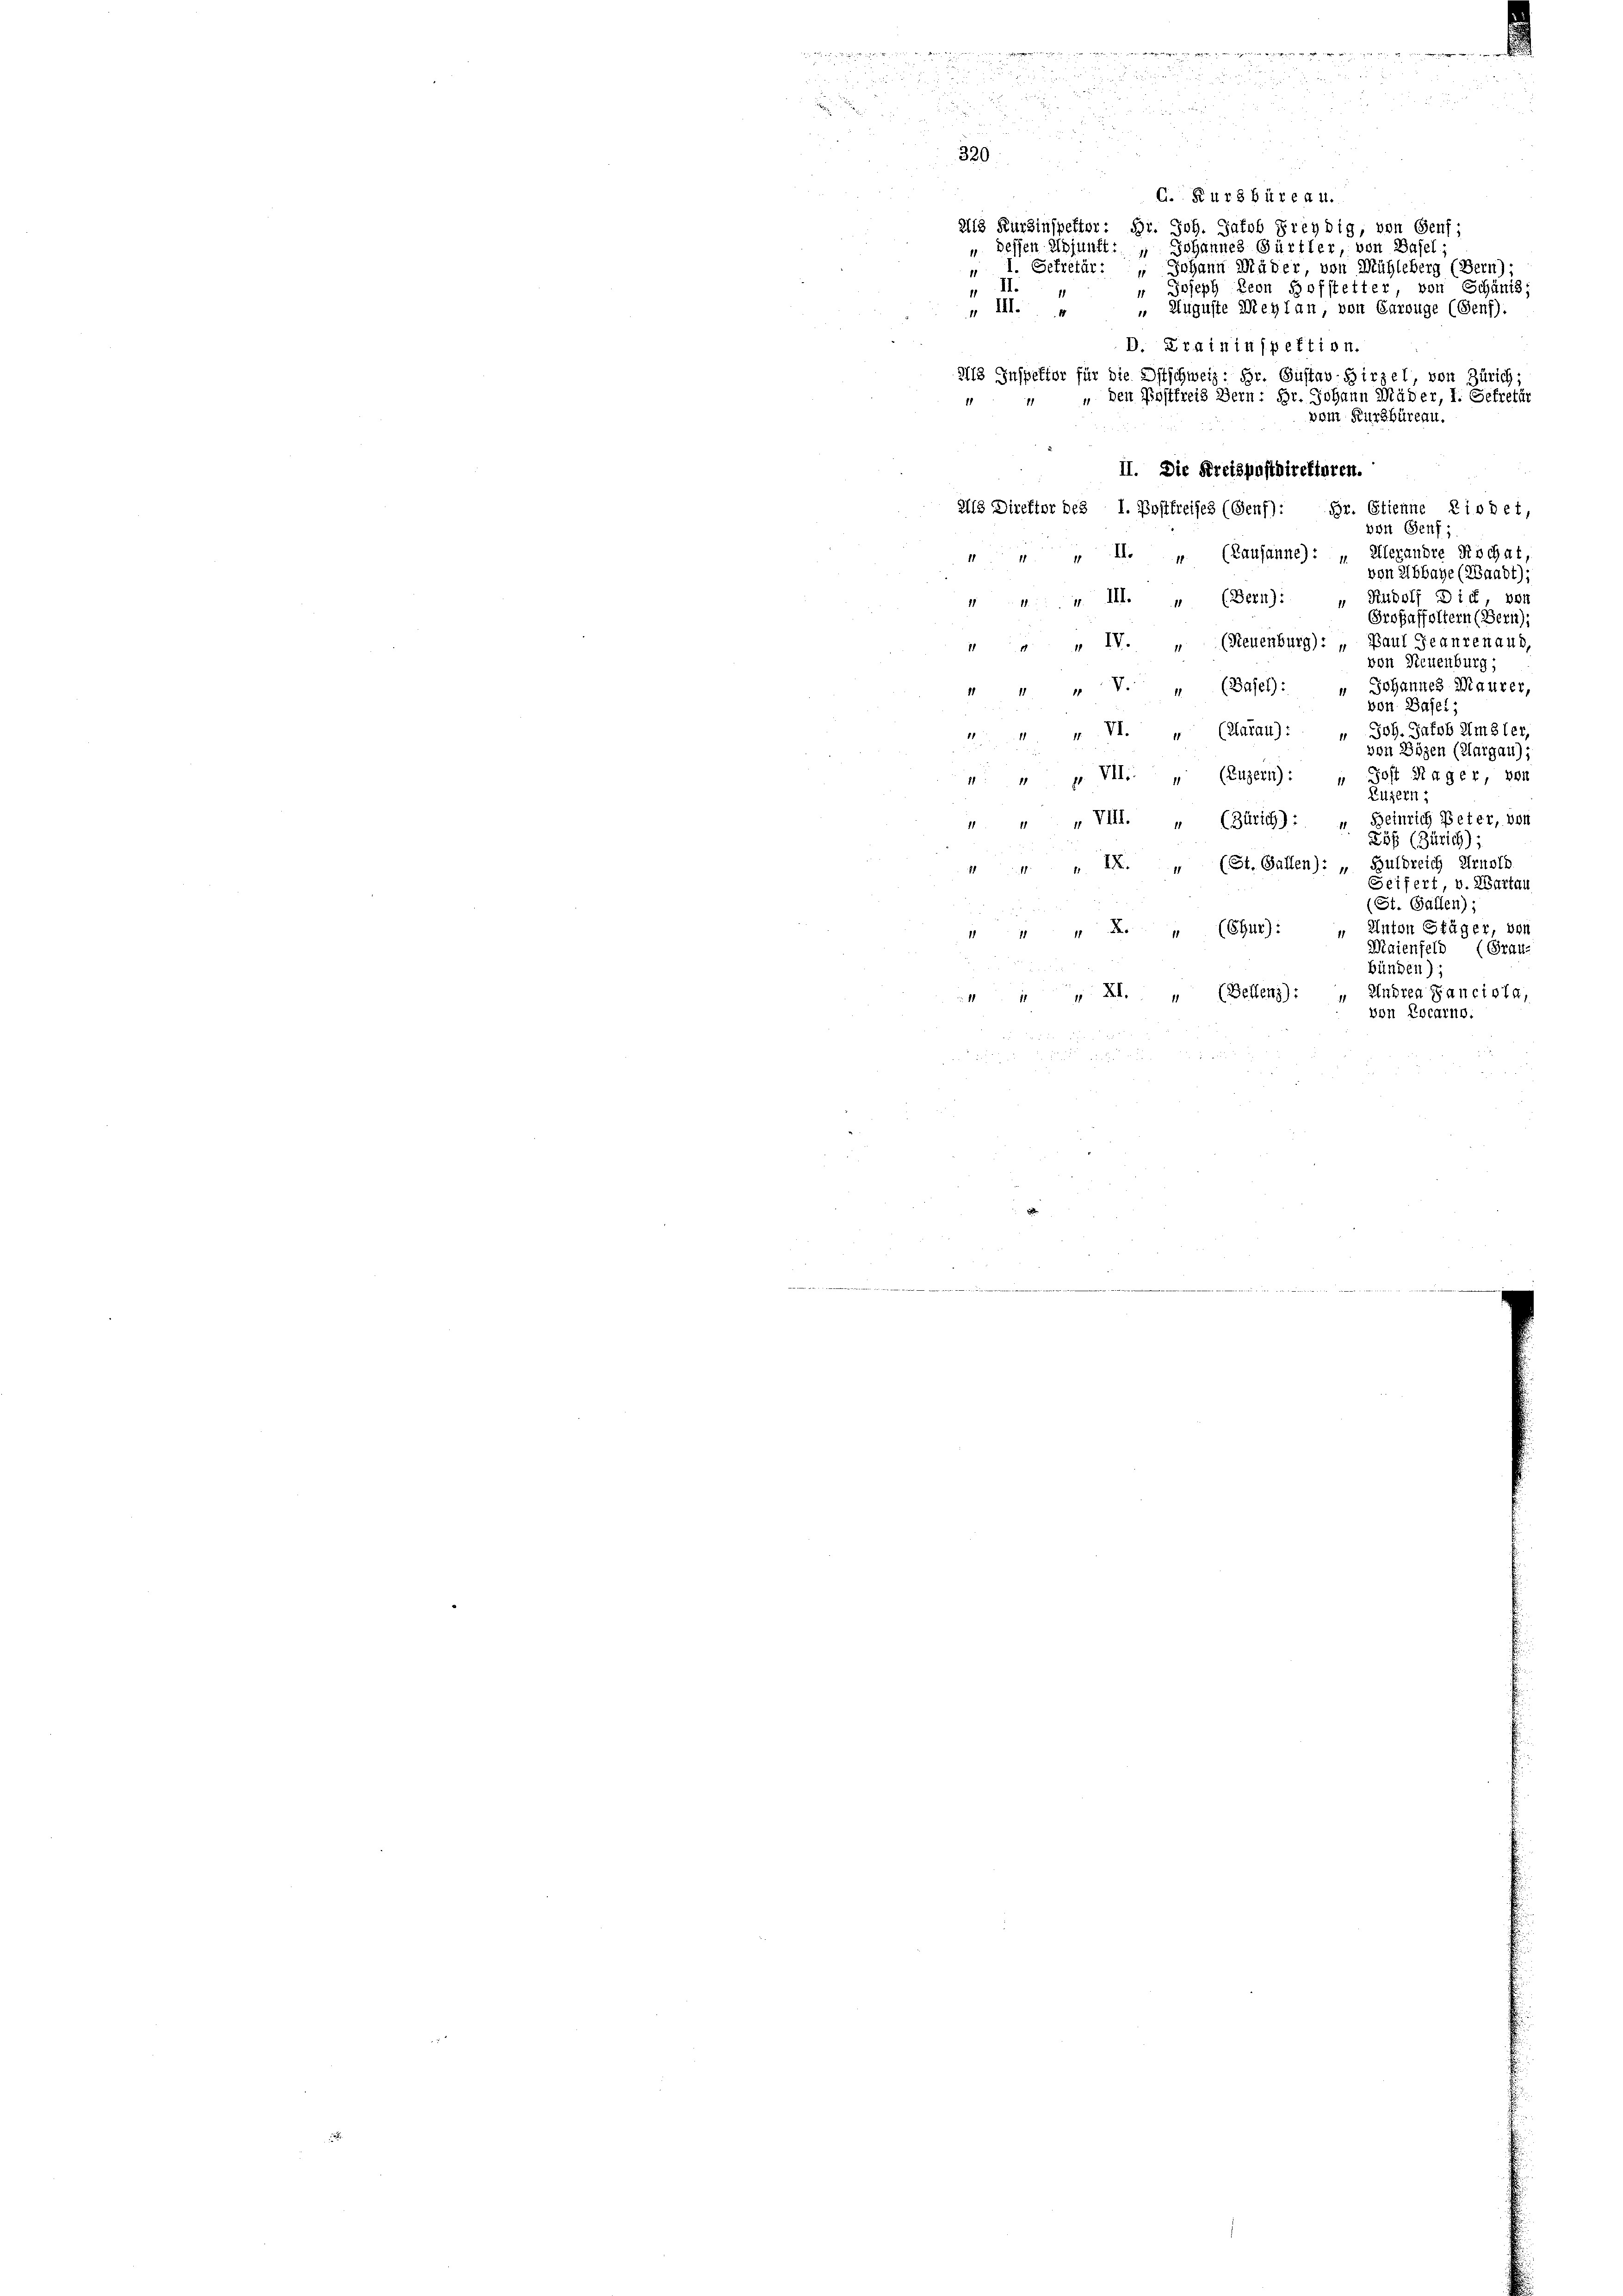
II.

r

C. Kur 3 Büreau.
213 Kurzinspetter: Dr. Joh. Jacob Freybig, von Genf;
" dessen Adjunft: „ Johannes Gärtler, von Basel;
" 1. Sekretär: „Johann Mäder, von Mühleberg (Bern):
" Joseph Leon Hofstetter von Schänis;
 Auguste Meyl an, von Carouge (Genf).
„ III.
D. Praininspektion.
2113 Inspektor für die Ostschweiz: Hr. Gustav-Hirzel, von Zürich;
ohann Mäder, I. Sekretär
" den Postfreis Bern: d
vom Kurzbüreau.
II. Die Kreispostdirektoren.
Als Direktor des I. Postfreises (Genf): Hr. Etienne Riobet,
von Genf;
 „ „ II. „ (Lausanne): „Ellexandre Kochat.
von Abbaye (Waadt);
Rudolf Dich, von
14: 4. III. „ (Bern):
Grofaffoltern (Bern),
" „ IV. „ (Neuenburg): „Baul Geanzenaud,
von Neuenburg;
Johannes Maurer,
4 " " 8. " (Basel:
von Basel:
Joh. Jakob im 3ter
 + VI. „ (Klarau) :
von Bözen (Margau);
: " F. VII. „ (Luzern): " Jost Hager, von
Luzern;
„ „ „ VIII. „ (Zürich): Heinrich Peter, von
255 (Zürich):
 " IX. „ (St. Gallen): „Huldreich Arnsth
Seifert, v. Wartau
(St. Gallen);
Anton Stäger, von
 " " A. „ (Chur):
Maienfeld (Grau-
bünden);
Endren Panciota,
14 " XI. „ (Bellenz):
von Locarno.

2